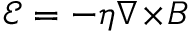
\boldsymbol { \mathcal { E } } = - \eta \nabla \! \times \! \boldsymbol { B }